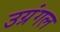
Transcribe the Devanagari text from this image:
उग्रंंगल